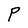
Character: P